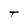
Character: T